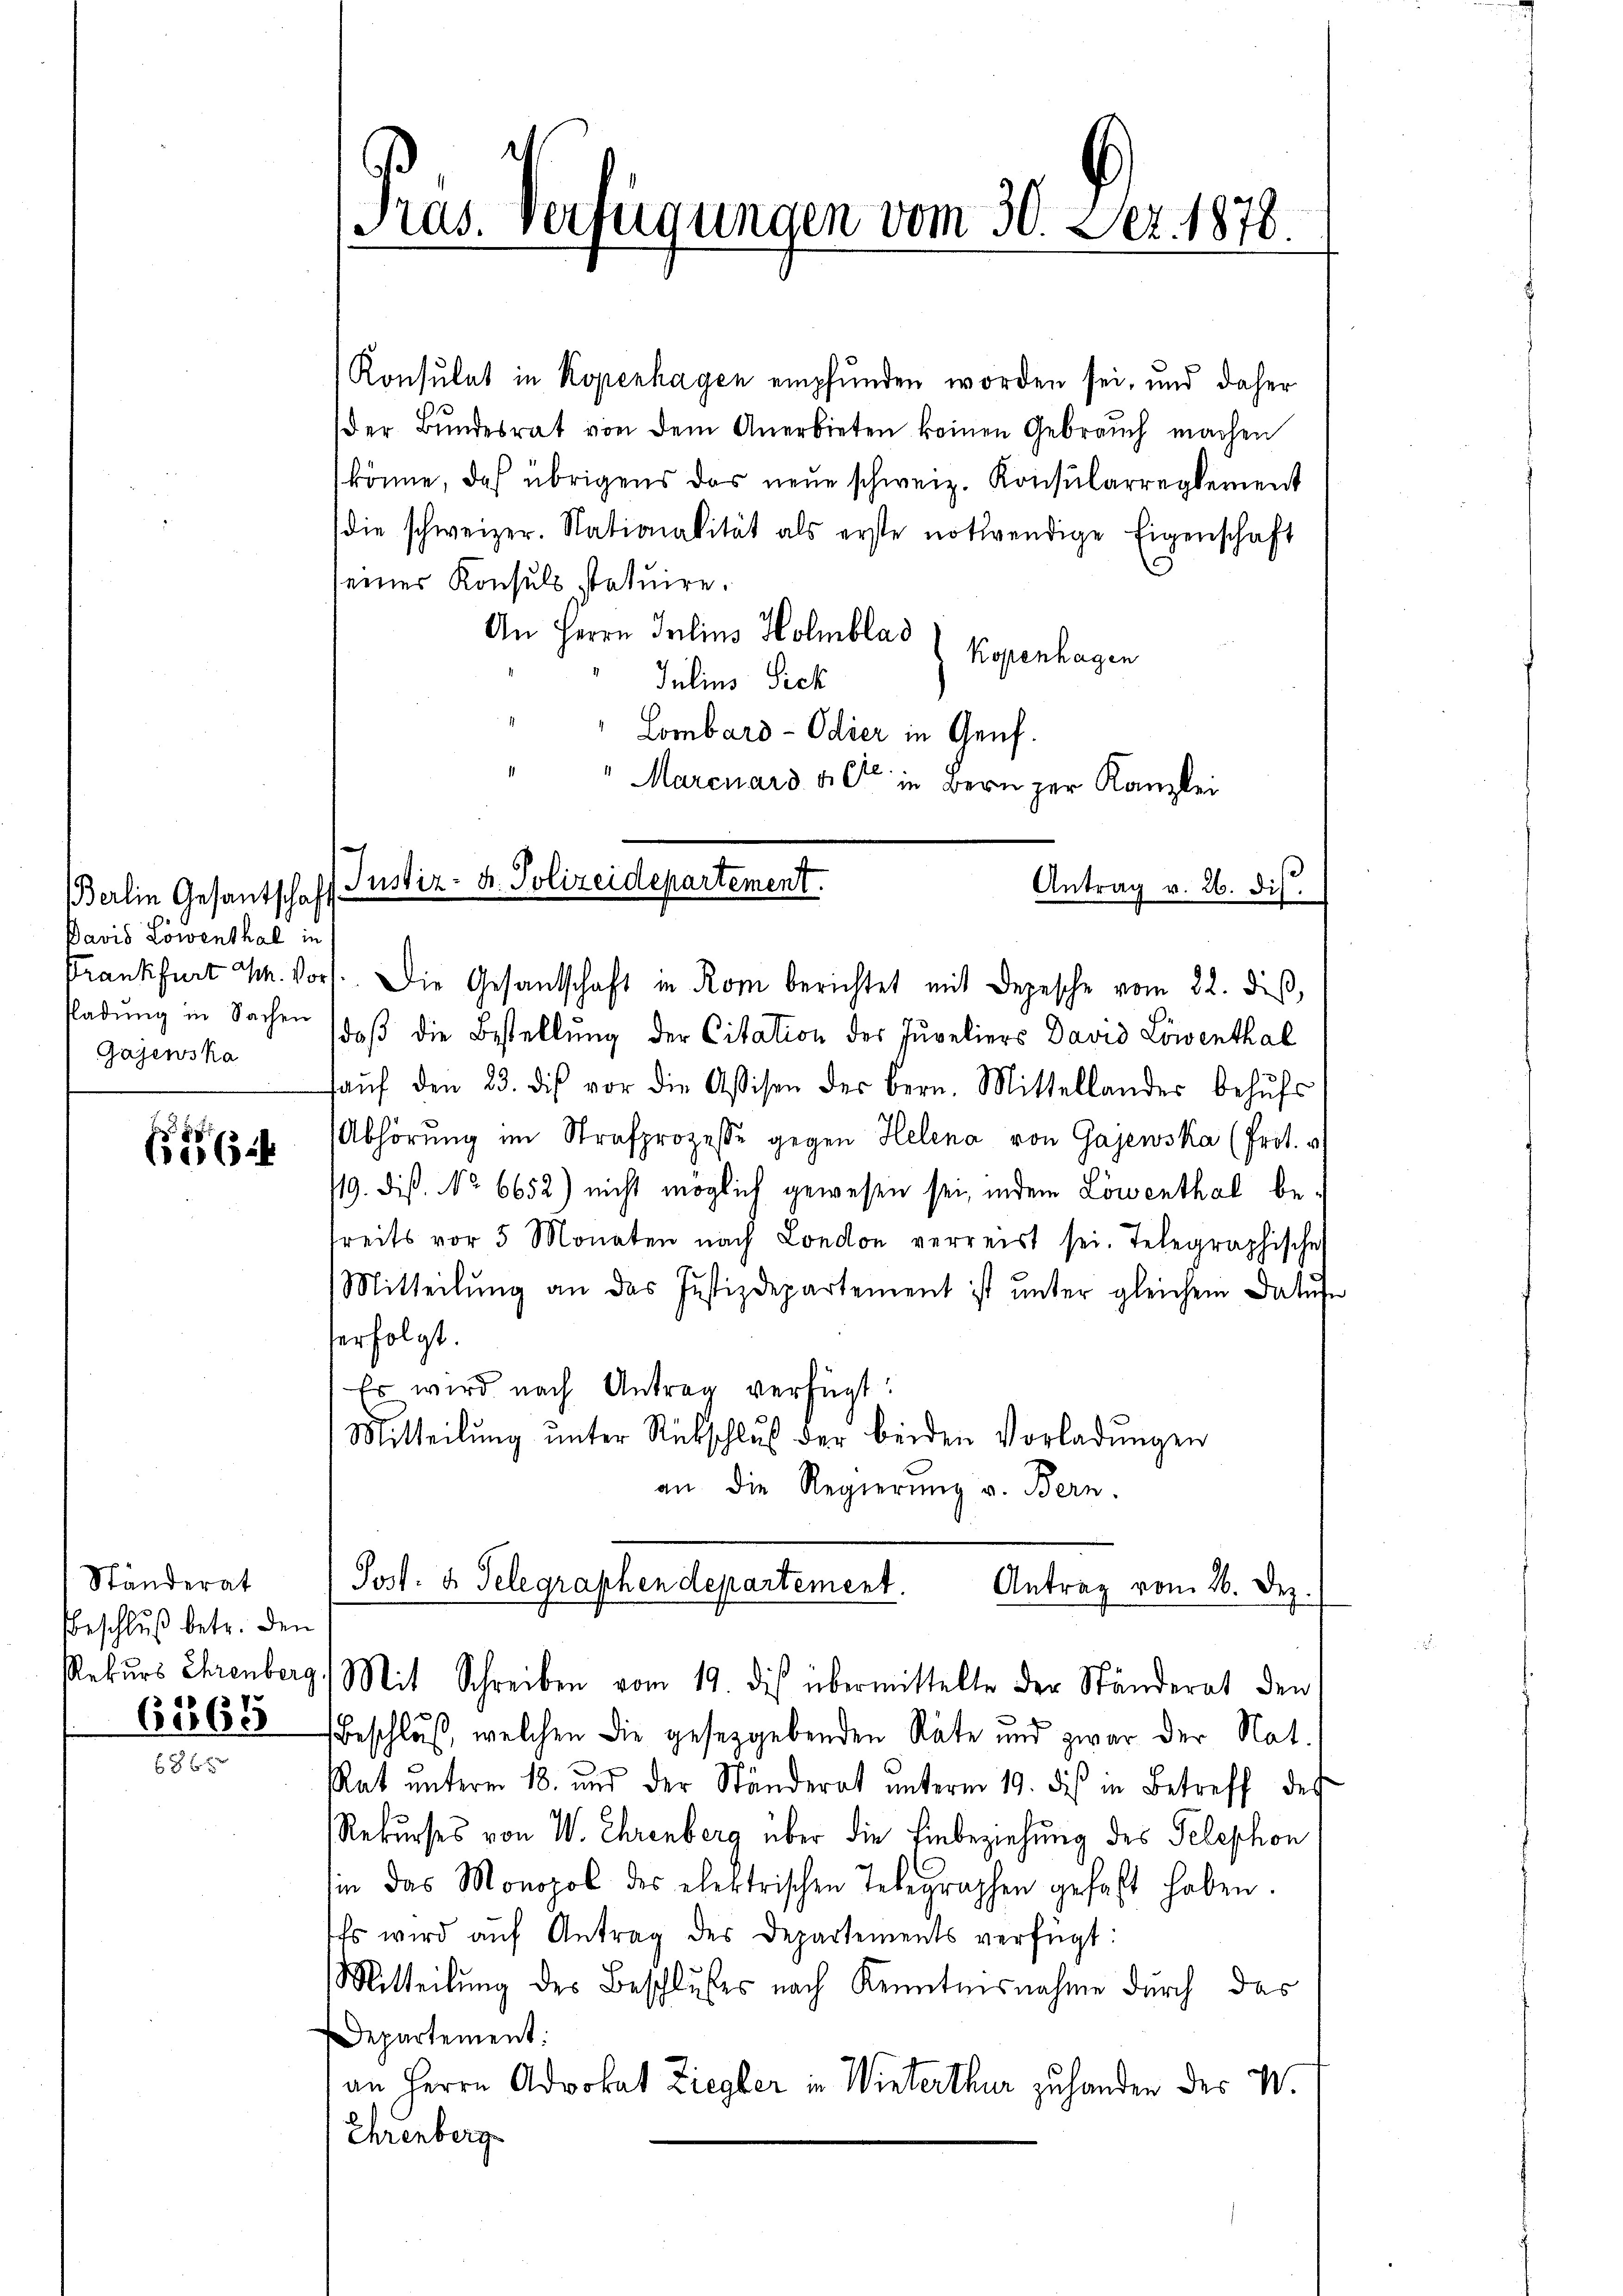
Bavis Löwenthal in
kladung in Sachen
Gajewska

6

Ständerat
Beschluß betr. den
6265

Pras Verfügungen vom 30. Der 1878.

Konsulat in Kopenhagen empfunden worden sei, und daher
der Bŭndesrat von dem Anerbieten keinen Gebrauch machen
könne, daß übrigens das neŭe schweiz. Konsularreglement
(die schweizer. Nationalität als erste notwendige Eigenschaft
seiner Konsuls statuire.
An Herrn Julius Holmblad
Kopenhagen
Julius Sick
Lombard- Odier in Genf.
Marcuard alt in Bern zur Kanzlei
Antrag v. 26. Dis
Berlin Gesantschaft Justiz- u. Polizeidepartement.

Post.  Telegraphen departement.
Antrag vom 26. Dez.
Rekŭrs Ehrenberg. Mit Schreiben vom 19. dis übermittelte der Ständerat den

Frankfurt M. vor. Die Gesandschaft in Rom berichtet mit Depesche vom 22. dieß,
daß die Bestellung der Citation des Jureliers David Löwenthal
faŭf den 23. des vor die Assisen der Bern. Mittellander behŭfs
Abhörung im Strafprozesse gegen Helena von Gajewska (frot. v
/19. Diss. No 6652) nicht möglich gewesen sei, indem Löwenthal betreits vor 5 Monaten nach London verreist sei. Telegraphische
Mitteilung an das Justizdepartement ist unter gleichem Datufe
erfolgt.
Es wird nach Antrag verfügt:
Mitteilŭng ŭnter Rückschlŭβ der beiden Vorladŭngen
an die Regierung v. Bern.

Beschluß, welchen die gesetzgebenden Räte und zwar der Nat.
Rat unterm 18. und der Ständerat unterm 19. dies in Betreff des
Rekurses von W. Ehrenberg über die Einbeziehung des Telephon
sin das Monopol des elektrischen Telegraphen gefaßt haben.
Es wird aŭf Antrag des Departements verfügt:
Mitteilung des Beschlußes nach Kenntnisnahme durch das
Departement:
an Herrn Advokat Ziegler in Winterthur zu handen des W.
Ehrenberg